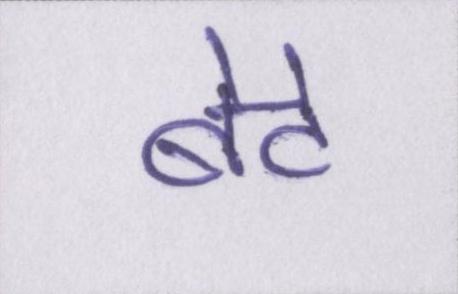
बेटे